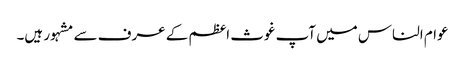
عوام الناس میں آپ غوث اعظم کے عرف سے مشہور ہیں۔